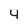
Character: 4